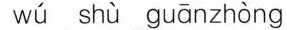
wú shù guānzhòng